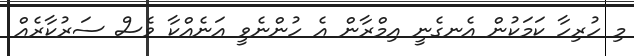
މި ހުރިހާ ކަމަކުން އެނގެނީ އިމްރާން އެ ހުންނެވީ އަނެއްކާ ވެސް ސަރުކާރެއް